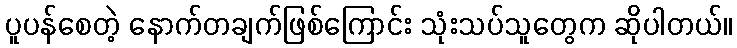
ပူပန်စေတဲ့ နောက်တချက်ဖြစ်ကြောင်း သုံးသပ်သူတွေက ဆိုပါတယ်။